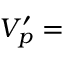
V _ { p } ^ { \prime } =